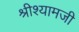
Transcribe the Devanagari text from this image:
श्रीश्यामजी